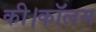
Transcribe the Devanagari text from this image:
की।कॉलम